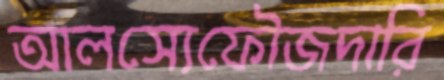
আলস্যেফৌজদারি